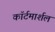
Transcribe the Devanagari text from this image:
काॅर्टमार्शल